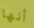
أنها